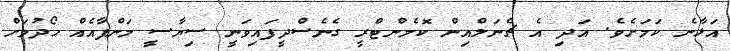
އަޅާނެ ކަމަށެވެ. އަދި އެ ޗެނަލްއިން ކޮމެންޓްރީ ގެނެސްދީފައިވަނީ ސިޔާސީ މަންފާއެއް ހޯދުމަށް